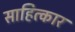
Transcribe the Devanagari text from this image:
साहित्कार